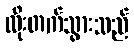
ထိုးတက်သွားသည်